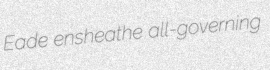
Eade ensheathe all-governing